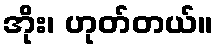
အိုး၊ ဟုတ်တယ်။